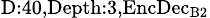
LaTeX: _{\textrm{D}:40,\textrm{Depth}:3,\textrm{EncDec}_{\textrm{B}2}}